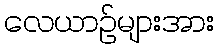
လေယာဉ်များအား